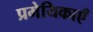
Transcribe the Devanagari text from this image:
प्रमेयिकाएँ